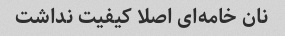
نان خامه‌ای اصلا کیفیت نداشت